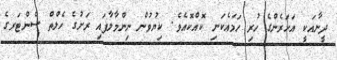
ދީނާއަކީ އަހަރެންގެ ހުރި ހަމައެކަނި ކޮއްކޮއެވެ. ކިޔުވުން ނިންމާލާފައި ރަށުގެ ހެލްތް ސެންޓަރގެ